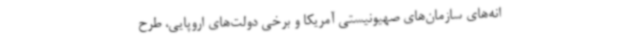
انه‌های سازمان‌های صهیونیستی آمریکا و برخی دولت‌های اروپایی، طرح‌